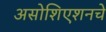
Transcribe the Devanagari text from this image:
असोशिएशनचे